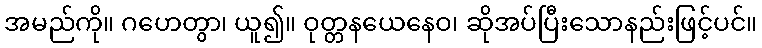
အမည်ကို။ ဂဟေတွာ၊ ယူ၍။ ဝုတ္တနယေနေဝ၊ ဆိုအပ်ပြီးသောနည်းဖြင့်ပင်။